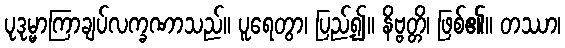
ပုဒုမ္မာကြာချပ်လက္ခဏာသည်။ ပူရေတွာ၊ ပြည့်၍။ နိဗ္ဗတ္တိ၊ ဖြစ်၏။ တဿာ၊